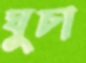
ঘুচা